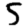
Digit: 5